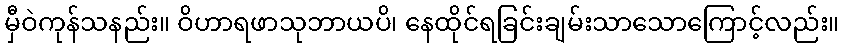
မှီဝဲကုန်သနည်း။ ဝိဟာရဖာသုဘာယပိ၊ နေထိုင်ရခြင်းချမ်းသာသောကြောင့်လည်း။